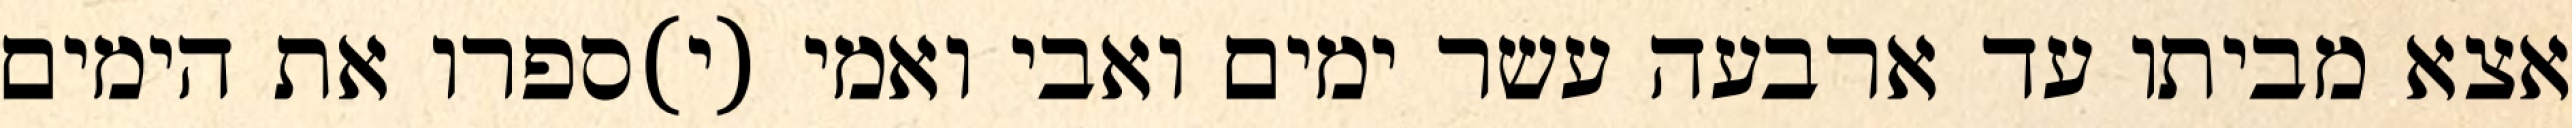
אצא מביתו עד ארבעה עשר ימים ואבי ואמי (י)ספרו את הימים